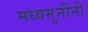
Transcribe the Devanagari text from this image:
मध्वमुनींनी